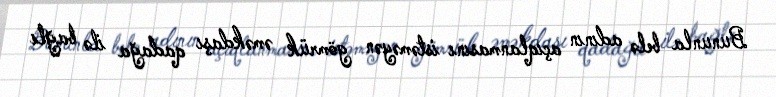
Bununla belə adının açıqlanmasını istəməyən gömrük əməkdaşı qadağa ilə bağlı